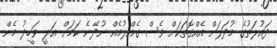
ދައުލަތުގެ މުދަލަށް އެއްގޮތަކަށް ވެސް ގެއްލުމެއް ނުދޭނެ ކަމަށް އަލީ ވަހީދު މެން